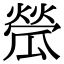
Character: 𤬐